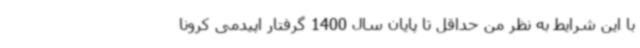
با این شرایط به نظر من حداقل تا پایان سال 1400 گرفتار اپیدمی کرونا